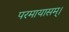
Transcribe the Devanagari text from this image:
परमायासम्‌।